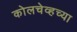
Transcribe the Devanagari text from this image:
कोलचेव्हच्या